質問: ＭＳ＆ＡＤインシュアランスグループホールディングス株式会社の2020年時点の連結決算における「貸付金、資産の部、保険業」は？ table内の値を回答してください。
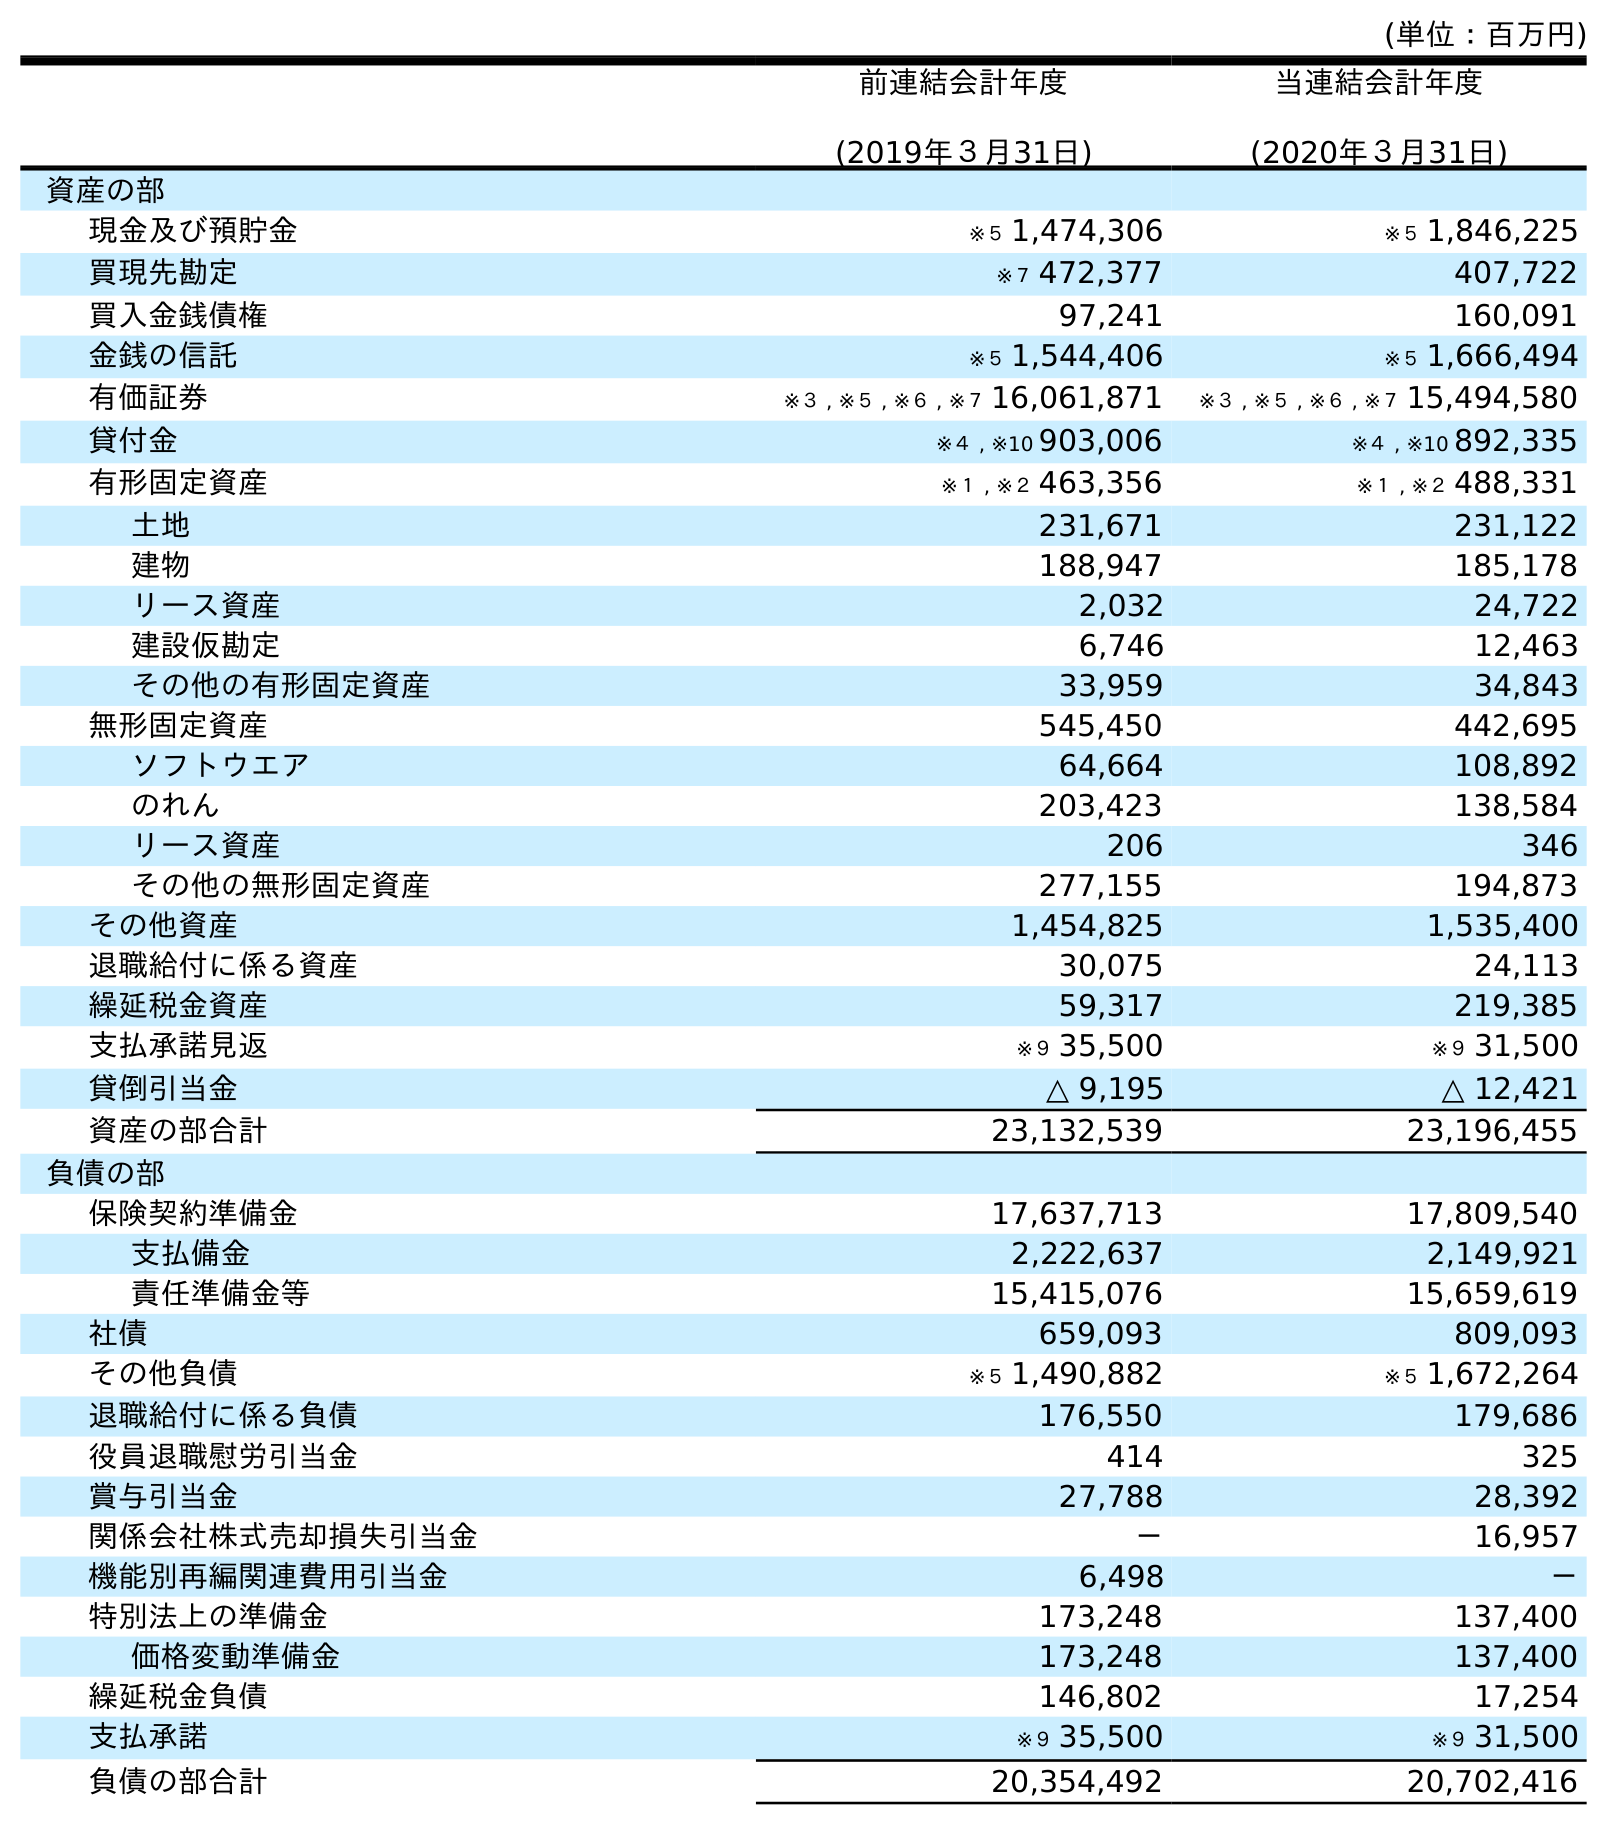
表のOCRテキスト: (単位：百万円) 前連結会計年度 (2019年３月31日) 当連結会計年度 (2020年３月31日) 資産の部 現金及び預貯金 ※５ 1,474,306 ※５ 1,846,225 買現先勘定 ※７ 472,377 407,722 買入金銭債権 97,241 160,091 金銭の信託 ※５ 1,544,406 ※５ 1,666,494 有価証券 ※３ , ※５ , ※６ , ※７ 16,061,871 ※３ , ※５ , ※６ , ※７ 15,494,580 貸付金 ※４ , ※10 903,006 ※４ , ※10 892,335 有形固定資産 ※１ , ※２ 463,356 ※１ , ※２ 488,331 土地 231,671 231,122 建物 188,947 185,178 リース資産 2,032 24,722 建設仮勘定 6,746 12,463 その他の有形固定資産 33,959 34,843 無形固定資産 545,450 442,695 ソフトウエア 64,664 108,892 のれん 203,423 138,584 リース資産 206 346 その他の無形固定資産 277,155 194,873 その他資産 1,454,825 1,535,400 退職給付に係る資産 30,075 24,113 繰延税金資産 59,317 219,385 支払承諾見返 ※９ 35,500 ※９ 31,500 貸倒引当金 △ 9,195 △ 12,421 資産の部合計 23,132,539 23,196,455 負債の部 保険契約準備金 17,637,713 17,809,540 支払備金 2,222,637 2,149,921 責任準備金等 15,415,076 15,659,619 社債 659,093 809,093 その他負債 ※５ 1,490,882 ※５ 1,672,264 退職給付に係る負債 176,550 179,686 役員退職慰労引当金 414 325 賞与引当金 27,788 28,392 関係会社株式売却損失引当金 － 16,957 機能別再編関連費用引当金 6,498 － 特別法上の準備金 173,248 137,400 価格変動準備金 173,248 137,400 繰延税金負債 146,802 17,254 支払承諾 ※９ 35,500 ※９ 31,500 負債の部合計 20,354,492 20,702,416
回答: ※４,※10892,335